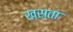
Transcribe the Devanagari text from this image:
खस्‍ता